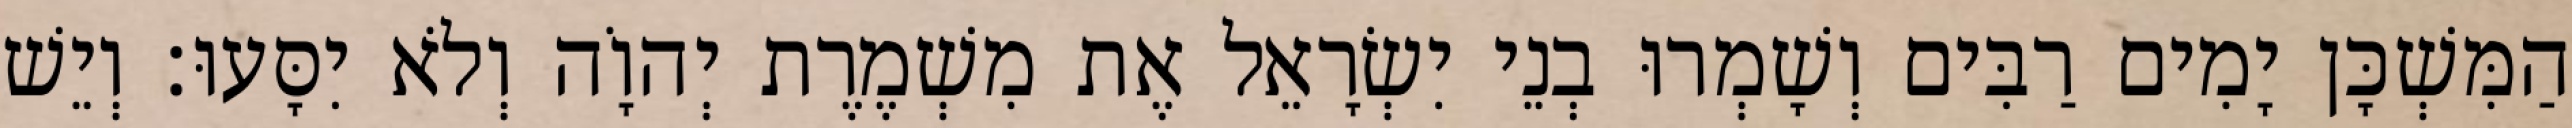
הַמִּשְׁכָּן יָמִים רַבִּים וְשָׁמְרוּ בְנֵי יִשְׂרָאֵל אֶת מִשְׁמֶרֶת יְהוָֹה וְלֹא יִסָּעוּ׃ וְיֵשׁ